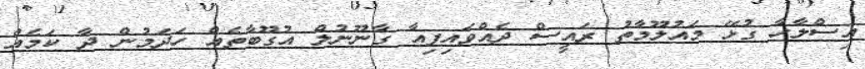
އިސްލާހާ ގުޅޭ މައުލޫމާތު ރައީސް ދެއްވައިފިއާ ގާނޫނުލް އުގޫބާތެއް ހަދަމުން ދާ ކަމެއް